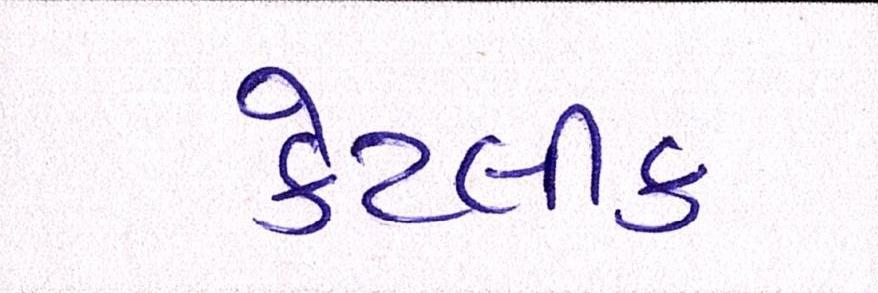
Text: કેટલીક